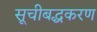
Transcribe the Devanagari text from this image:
सूचीबद्धकरण